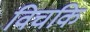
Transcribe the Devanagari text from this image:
विचकि